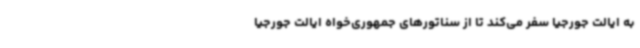
به ایالت جورجیا سفر می‌کند تا از سناتورهای جمهوری‌خواه ایالت جورجیا